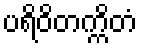
ပရိဝိတက္ကိတံ